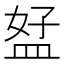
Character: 𥁨